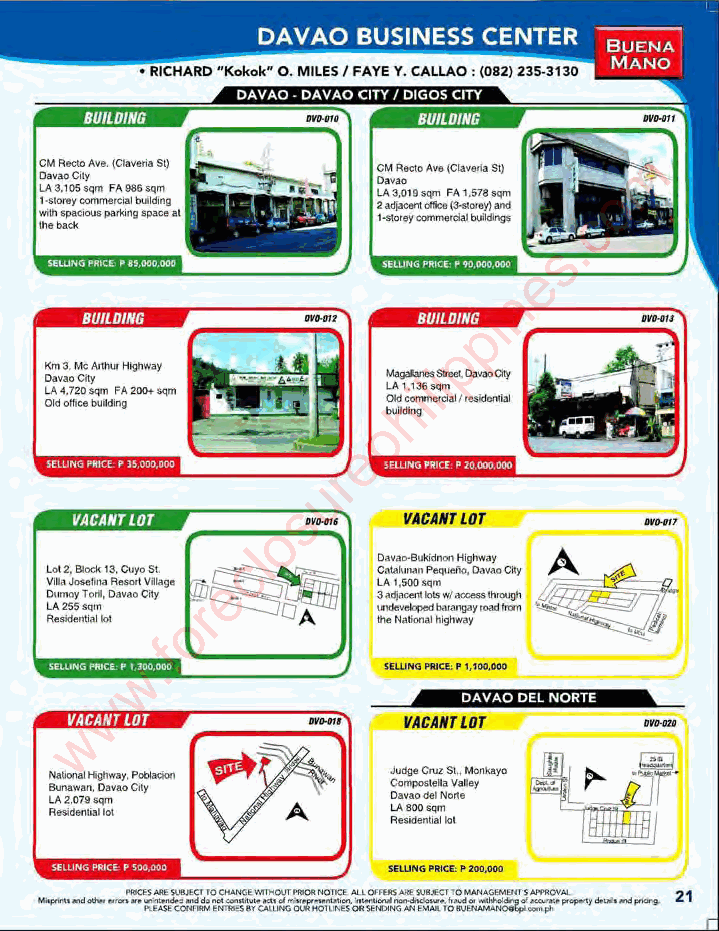
m
 --
 "                 o
 !' '..:w
 , , I                c
 .
 s
 e
 n
 i
 p
 p
 1 o1 .m
 v
 .3 ..
 ,
 CM ie ty" '_ ~.,       li
 i
 LA'.7~_ FA ltll>< >qn  h
 ~--
 p
 e
 r
 u
 s
 VACANT LOT   o        VACA'" Lor
 cl       O• •_ ,.;gn..ay A
 L Iv l<.o oI .2 n . o. y_ - T'3 o. o.. . lC ,. [_U ),w) oo oo CV OS iI yt A. go re aLc A ;_ q 1 .. .~ $ ;.0 .0o - .. .. ,. . .. .. wv. I_. "-o ':C Ii Ity ' ~t
 L ~A 2 -M ... ." , o  ." ..' . N~ . t ...w .." ...' ~!l" . y . _""'"
 f
 .
 w
 w
 w                     VACANTLaT
 "W"GORICE .... 000